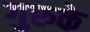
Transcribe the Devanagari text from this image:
गुरुके